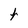
Character: f